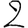
Digit: 2